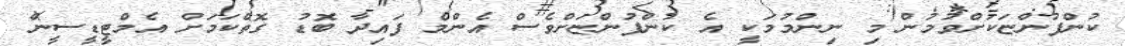
ކުންފުންޏަކަށްވުމުން މި ނިންމުމަކީ އެ ކުންފުންޏަށްވެސް އެންމެ ފައިދާ ބޮޑު ގޮތްކަމަށް އެމްޓީޑީސީން